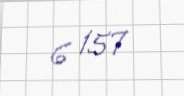
6 157